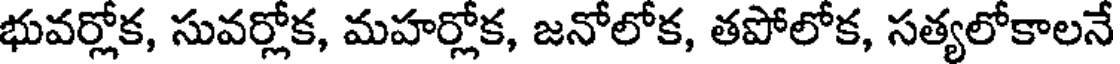
భువర్లోక, సువర్లోక, మహర్లోక, జనోలోక, తపోలోక, సత్యలోకాలనే